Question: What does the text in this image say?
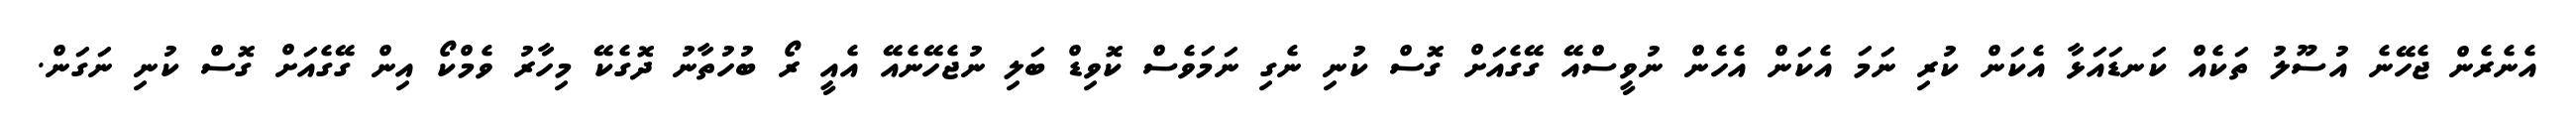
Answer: އެނެރެން ޖެހޭނެ އުސޫލު ތަކެއް ކަނޑައަޅާ އެކަން ކުރި ނަމަ އެކަން އެހެން ނުވީސްއޭ ގޭގެއަށް ގޮސް ކުނި ނެގި ނަމަވެސް ކޮވިޑް ބަލި ނުޖެހޭނެއޭ އެއީ ރޯ ބުހުތާނު ދޮގެކޭ މިހާރު ވެމްކޯ އިން ގޭގެއަށް ގޮސް ކުނި ނަގަން.